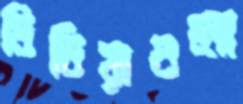
মিডিয়াগুলো